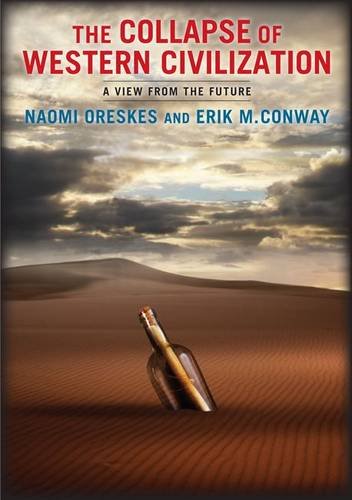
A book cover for The Collapse of Western Civilization: A View from the Future; Naomi Oreskes; Science Fiction & Fantasy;